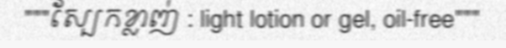
"""ស្បែកខ្លាញ់ : light lotion or gel, oil-free"""